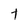
Character: t